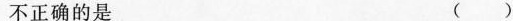
不正确的是 ()